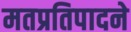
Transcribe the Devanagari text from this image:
मतप्रतिपादने